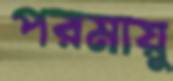
পরমায়ু